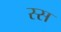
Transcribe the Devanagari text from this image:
स्स